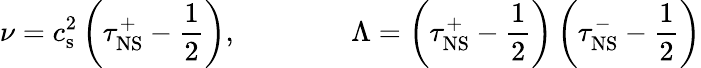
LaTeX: \nu=c_{\mathrm{s}}^{2}\left(\tau_{\mathrm{NS}}^{+}-\frac{1}{2}\right),\qquad\qquad\Lambda=\left(\tau_{\mathrm{NS}}^{+}-\frac{1}{2}\right)\left(\tau_{\mathrm{NS}}^{-}-\frac{1}{2}\right)